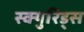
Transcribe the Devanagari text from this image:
स्क्युरिड्स